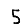
Digit: 5